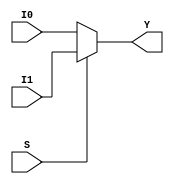
module mux2to1(I0,I1,S,Y);
input I0,I1;
input S;
output Y;
reg Y;
always@(S or I0 or I1)
begin
	if(S==1'b0)
		Y=I0;
	else
		Y=I1;
end
endmodule